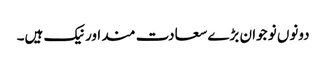
دونوں نو جوان بڑے سعادت مند اور نیک ہیں۔